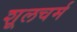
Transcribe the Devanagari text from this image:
शूलचर्म